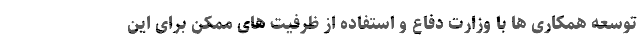
توسعه همکاری ها با وزارت دفاع و استفاده از ظرفیت های ممکن برای این